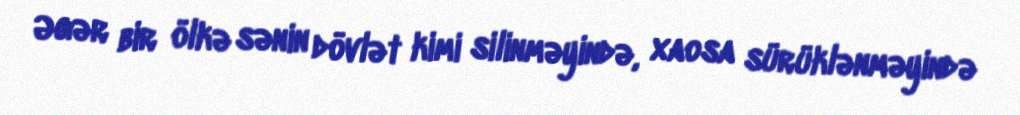
Əgər bir ölkə sənin dövlət kimi silinməyində, xaosa sürüklənməyində